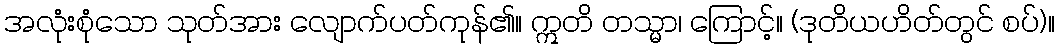
အလုံးစုံသော သုတ်အား လျောက်ပတ်ကုန်၏။ ဣတိ တသ္မာ၊ ကြောင့်။ (ဒုတိယဟိတ်တွင် စပ်)။